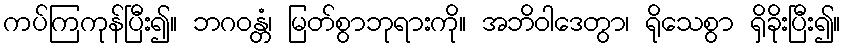
ကပ်ကြကုန်ပြီး၍။ ဘဂဝန္တံ၊ မြတ်စွာဘုရားကို။ အဘိဝါဒေတွာ၊ ရိုသေစွာ ရှိခိုးပြီး၍။